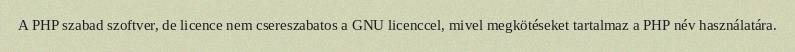
A PHP szabad szoftver, de licence nem csereszabatos a GNU licenccel, mivel megkötéseket tartalmaz a PHP név használatára.